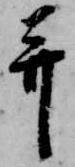
并